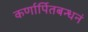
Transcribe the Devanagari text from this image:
कर्णार्पितबन्धनं